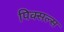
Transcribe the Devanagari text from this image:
पिक्सल्स